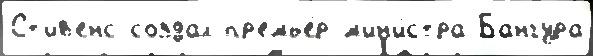
Ст'ив'енс создал пр'емье́р-м'ин'и́стра Бангура